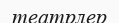
театрлер